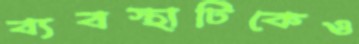
ব্যবস্থাটিকেও